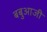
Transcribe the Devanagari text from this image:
बबुआजी